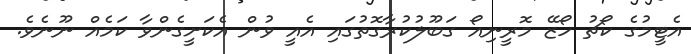
އެޓީމުގެ ކޯޗު ހޯޒޭ މޮރީނިއޯ ގަބޫލުކުރާގޮތުގައި އެއީ ވުން އެކަށީގެންވާ ކަމެއް ނޫނެވެ.